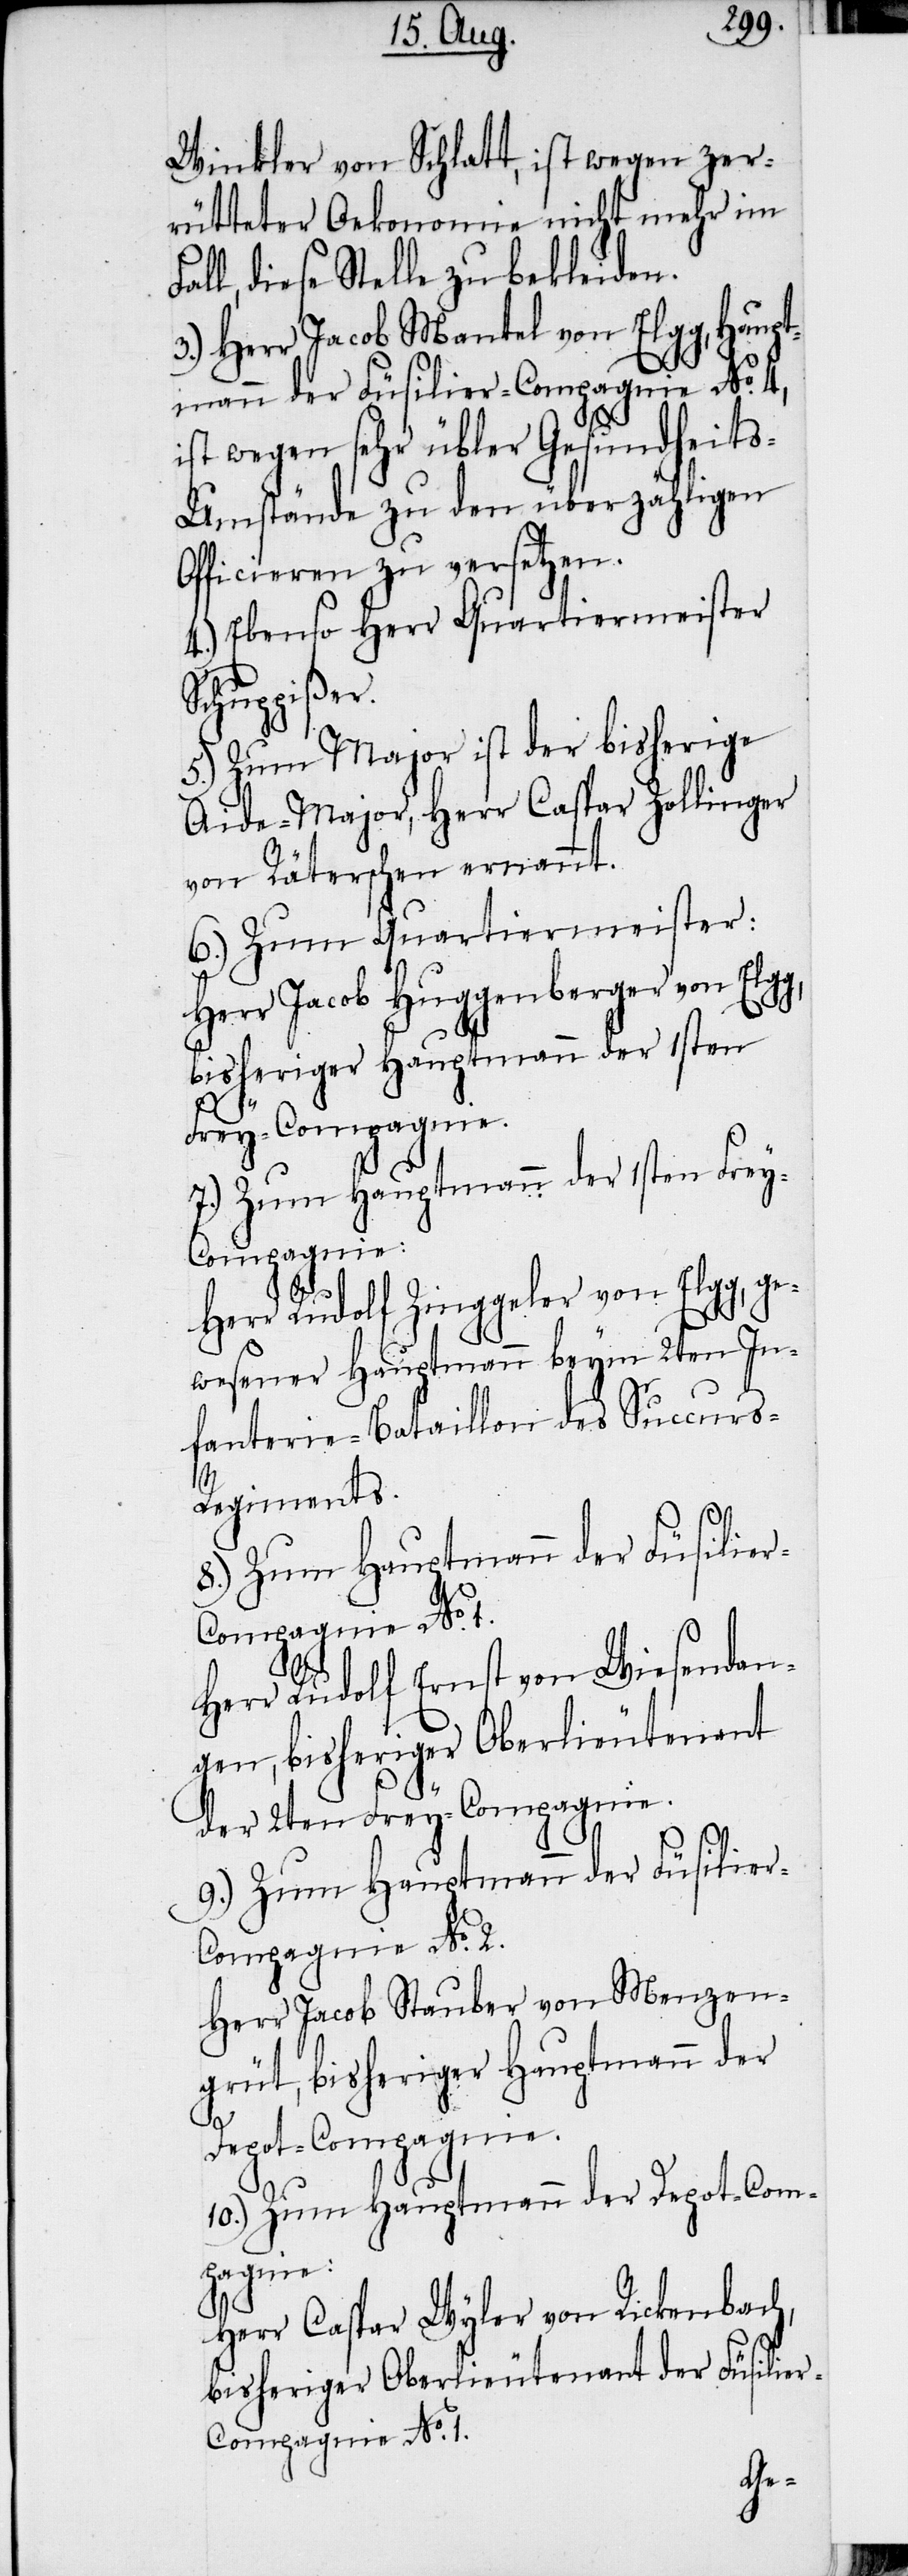
Winkler von Schlatt, ist wegen zer¬
rütteter Oekonomie nicht mehr im
ll, diese Stelle zu bekleiden.
3.) Herr Jacob Mantel von Elgg, Haupt¬
mann der Füsilier-Compagnie No. 4,
ist wegen sehr übler Gesundheit¬
s-Umstände zu den überzähligen
Officieren zu versetzen.
4.) Ebenso Herr Quartiermeister
Schuppißer.
5.) Zum Major ist der bisherige
Aide-Major, Herr Caspar Zollinger
von Räterschen ernannt.
6.) Zum Quartiermeister:
Herr Jacob Huggenberger von Elg¬
bisheriger Hauptmann der 1sten
Frey-Compagnie.
7.) Zum Hauptmann der 1sten Frey-C¬
ompagnie:
Herr Rudolf Zinggeler von Elgg, ge¬
wesener Hauptmann beym 2ten In¬
fanterie-Bataillon des Succur¬
s-Regiments.
8.) Zum Hauptmann der Füsilie¬
g,
Herr Rudolf Ernst von Wiesendan¬
gen, bisheriger Oberlieutenant
der 2ten Frey-Compagnie.
9.) Zum Hauptmann der Füsilie¬
r-Compagnie No. 2.
Herr Jacob Stauber von Menzen¬
grüt, bisheriger Hauptmann der
Depot-Compagnie.
10.) Zum Hauptmann der Depot-Com¬
pagnie:
Herr Caspar Wyler von Rickenbach,
bisheriger Oberlieutenant der Füsilie¬
r-Compagnie No. 1.